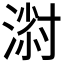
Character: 𱧸